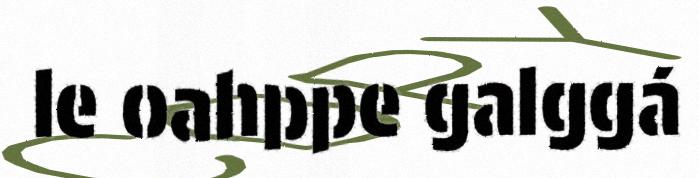
le oahppe galggá